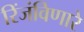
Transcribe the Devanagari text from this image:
रिंजंविणारे